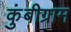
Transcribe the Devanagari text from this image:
कुंबीग्राम